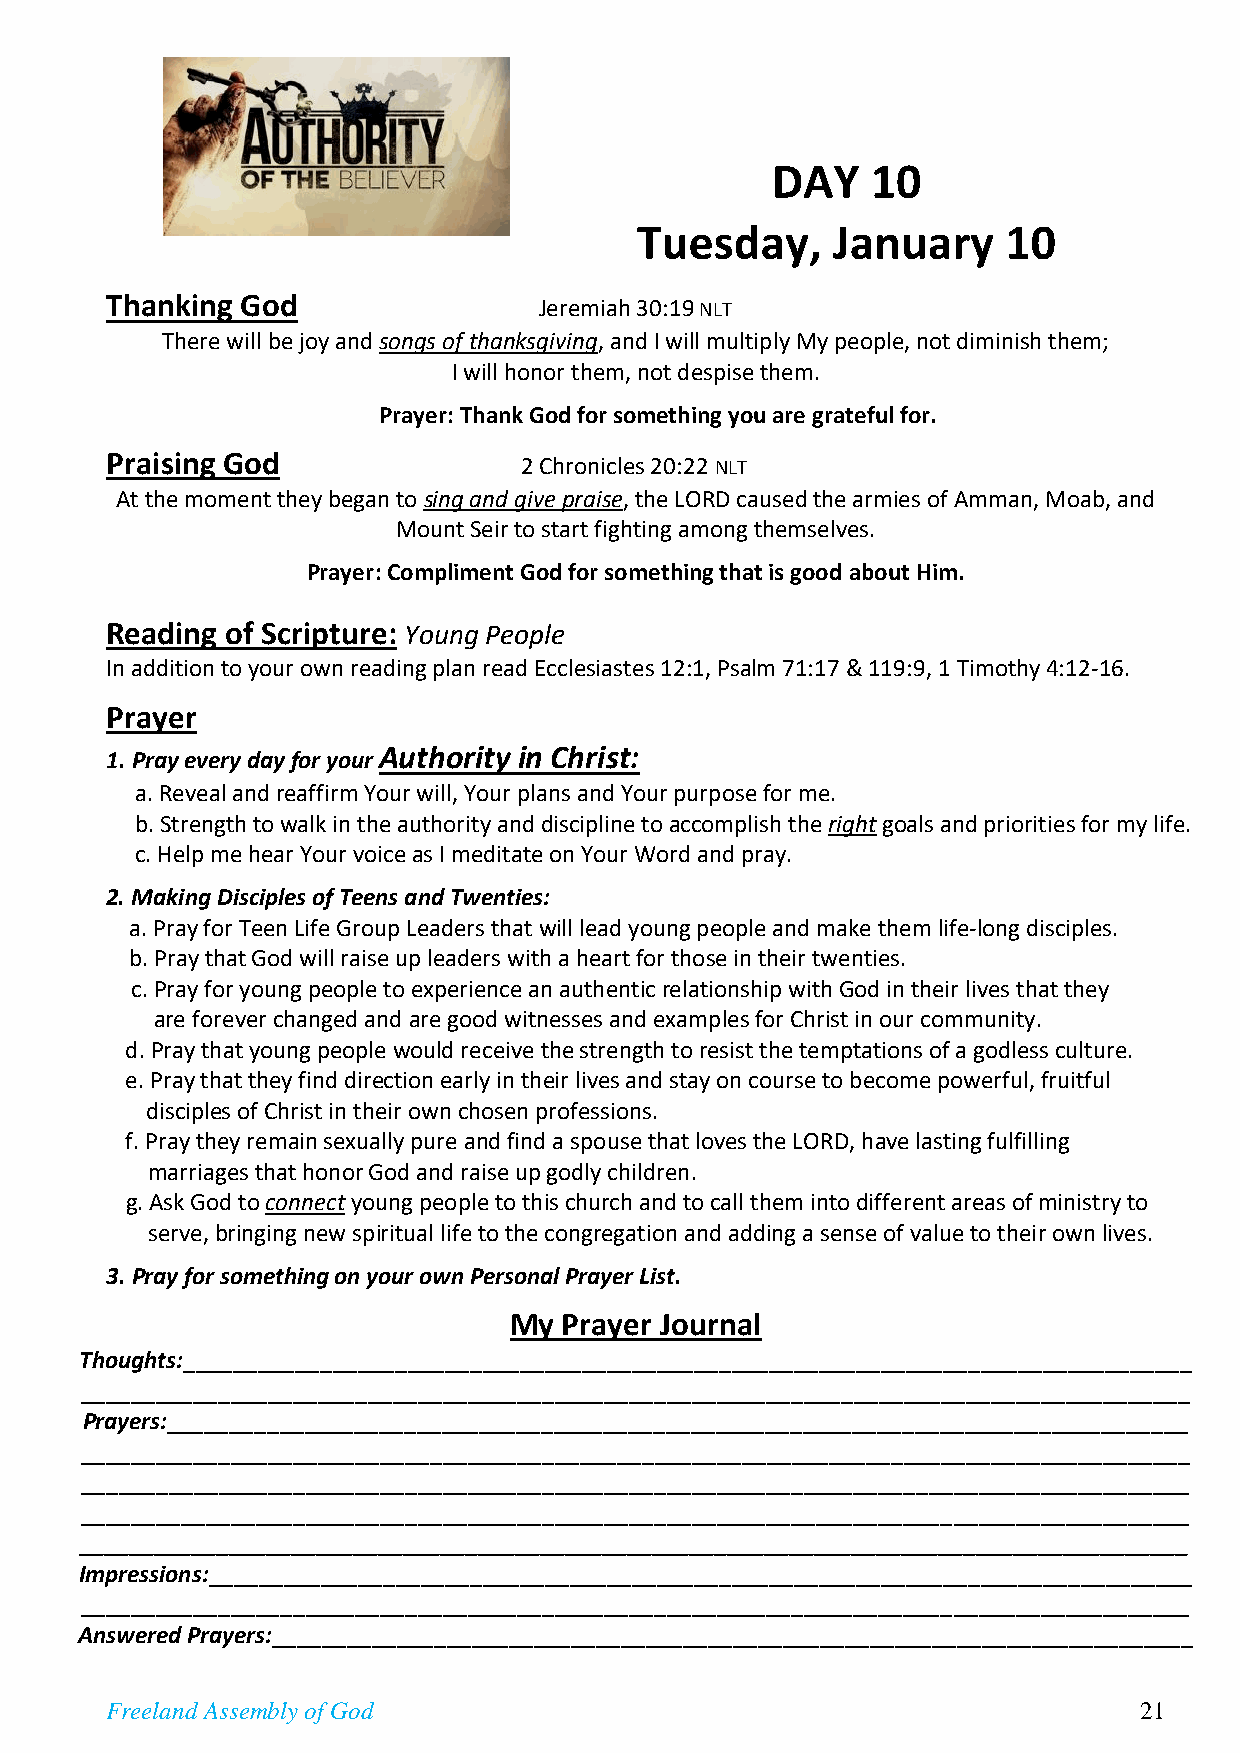
DAY    10
 Tuesday,     January     10
 Thanking God                 Jeremiah 30:19 NLT
 There will be joy and songs of thanksgiving, and I will multiply My people, not diminish them;
 I will honor them, not despise them.
 Prayer: Thank God for something you are grateful for.
 Praising God                2 Chronicles 20:22 NLT
 At the moment they began to sing and give praise, the LORD caused the armies of Amman, Moab, and
 Mount Seir to start fighting among themselves.
 Prayer: Compliment God for something that is good about Him.
 Reading of Scripture: Young People
 In addition to your own reading plan read Ecclesiastes 12:1, Psalm 71:17 & 119:9, 1 Timothy 4:12-16.
 Prayer
 1. Pray every day for your Authority in Christ:
 a. Reveal and reaffirm Your will, Your plans and Your purpose for me.
 b. Strength to walk in the authority and discipline to accomplish the right goals and priorities for my life.
 c. Help me hear Your voice as I meditate on Your Word and pray.
 2. Making Disciples of Teens and Twenties:
 a. Pray for Teen Life Group Leaders that will lead young people and make them life-long disciples.
 b. Pray that God will raise up leaders with a heart for those in their twenties.
 c. Pray for young people to experience an authentic relationship with God in their lives that they
 are forever changed and are good witnesses and examples for Christ in our community.
 d. Pray that young people would receive the strength to resist the temptations of a godless culture.
 e. Pray that they find direction early in their lives and stay on course to become powerful, fruitful
 disciples of Christ in their own chosen professions.
 f. Pray they remain sexually pure and find a spouse that loves the LORD, have lasting fulfilling
 marriages that honor God and raise up godly children.
 g. Ask God to connect young people to this church and to call them into different areas of ministry to
 serve, bringing new spiritual life to the congregation and adding a sense of value to their own lives.
 3. Pray for something on your own Personal Prayer List.
 My Prayer Journal
 Thoughts:_________________________________________________________________________________
 _________________________________________________________________________________________
 Prayers:__________________________________________________________________________________
 _________________________________________________________________________________________
 _________________________________________________________________________________________
 _________________________________________________________________________________________
 _________________________________________________________________________________________
 Impressions:_______________________________________________________________________________
 _________________________________________________________________________________________
 Answered Prayers:__________________________________________________________________________
 Freeland Assembly of God                                            21